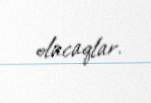
olacaqlar.